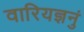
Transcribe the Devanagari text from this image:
वारियज्ञनुं